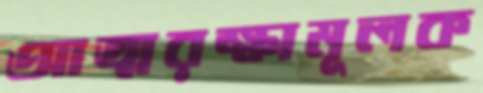
আত্মরক্ষামূলক